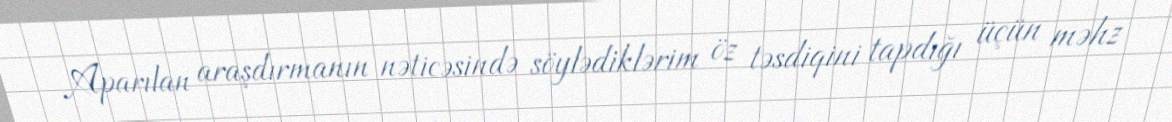
Aparılan araşdırmanın nəticəsində söylədiklərim öz təsdiqini tapdığı üçün məhz